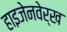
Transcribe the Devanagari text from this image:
हाइजेनवेर्ख